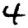
Digit: 4